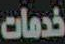
خدمات